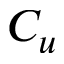
C _ { u }